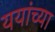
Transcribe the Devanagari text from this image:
ययांच्या